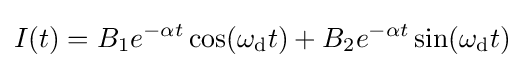
I(t)=B_{1}e^{-\alpha t}\cos(\omega _{\mathrm {d} }t)+B_{2}e^{-\alpha t}\sin(\omega _{\mathrm {d} }t)